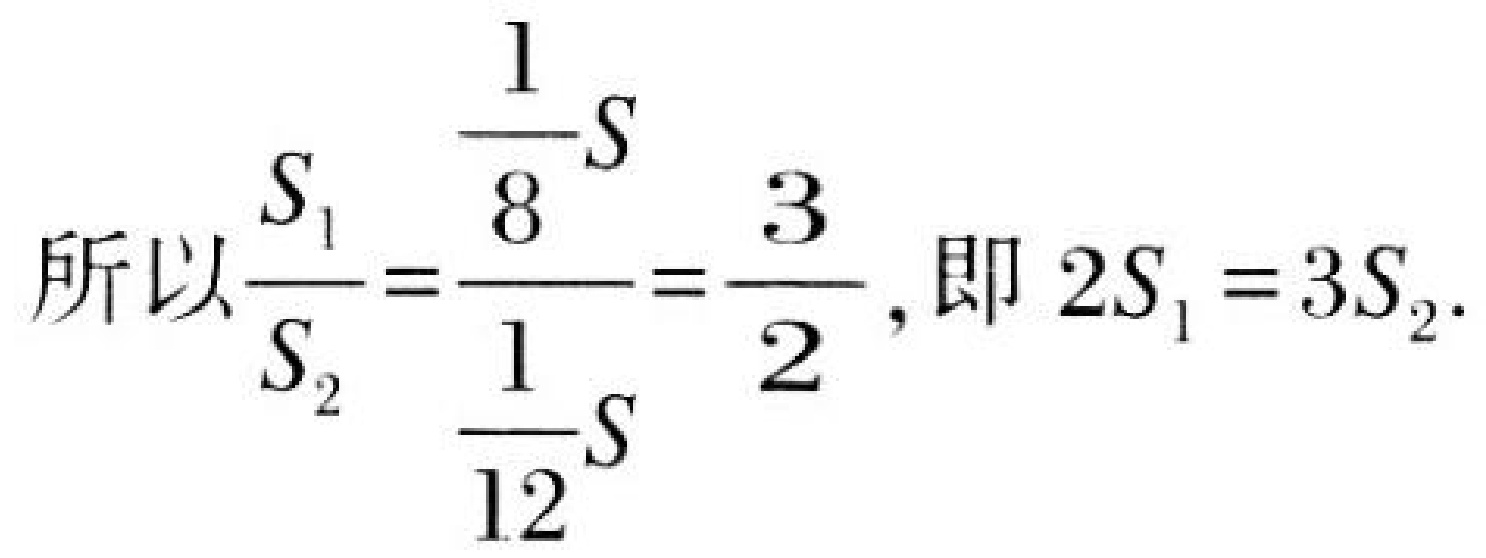
所以$\frac{S_{1}}{S_{2}} = \frac{\frac{1}{8}S}{\frac{1}{12}S} = \frac{3}{2}$, 即$2S_{1} = 3S_{2}$.